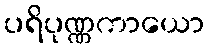
ပရိပုဏ္ဏကာယော